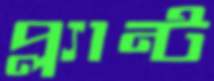
প্ল্যান্ট